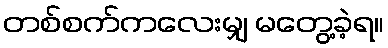
တစ်စက်ကလေးမျှ မတွေ့ခဲ့ရ။